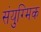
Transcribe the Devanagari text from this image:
संयुग्मिक